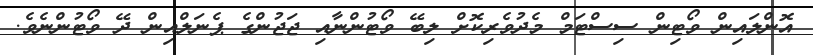
އޮންލައިން ވޯޓިން ސިސްޓަމް މެދުވެރިކޮށް ލިބޭ ވޯޓުންނާއި ޖަޖުންގެ ޕެނަލްއިން ދޭ ވޯޓުންނެވެ.